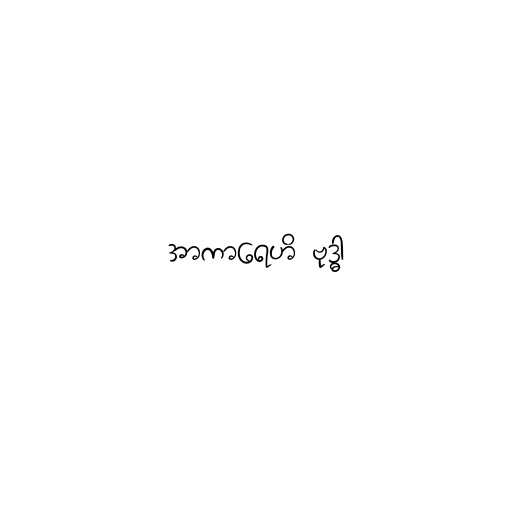
အာကာရေဟိ ဗုဒ္ဓါ